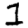
Digit: 1